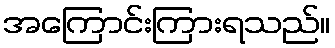
အကြောင်းကြားရသည်။